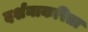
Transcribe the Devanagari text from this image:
दर्शनाकरिता